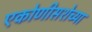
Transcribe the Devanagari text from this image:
एकोणीसशेच्या